Lunatic asylums Madras 1877-1891 - 1877-1891
Year: 1877
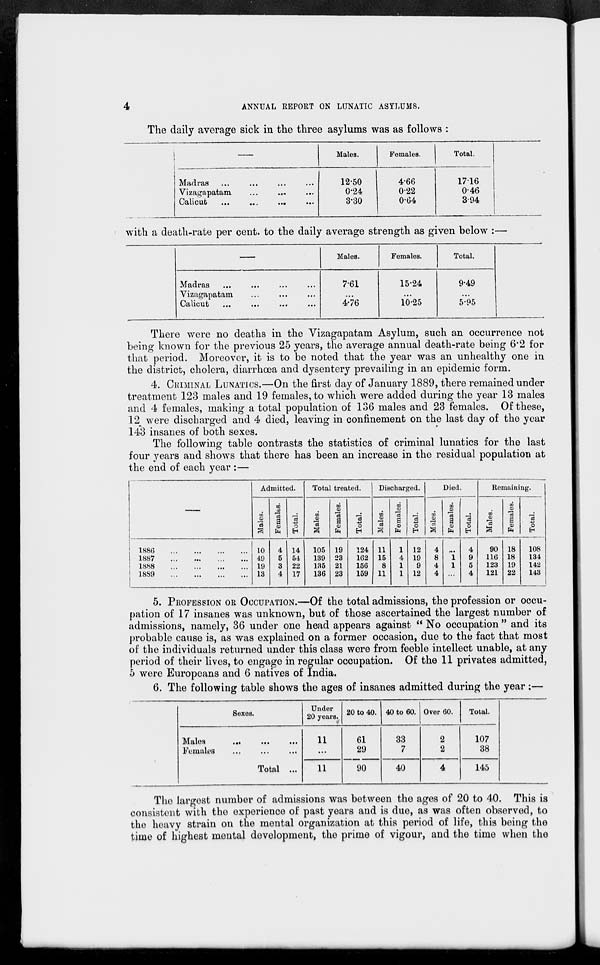
4
ANNUAL REPORT ON LUNATIC ASYLUMS.
The daily average sick in the three asylums was as follows :
––
Madras ... ... ... ...
Vizagapatam
... ... ...
Calicut ... ... ... ...
Males.
12.50
0.24
3.30
Females.
466
022
0.64
Total.
1716
0.46
3.94
with a death-rate per cent. to the daily average strength as given below :—
––
Madras
...
...
...
...
Vizagapatam ... ... ..
Calicut ... ... ... ...
Males.
7.61
...
4.76
Females.
15.24
...
10.25
Total.
9.49
...
5.95
There were no deaths in the Vizagapatam Asylum, such an occurrence not
being known for the previous 25 years, the average annual death-rate being 6.2 for
that period. Moreover, it is to be noted that the year was an unhealthy one in
the district, cholera, diarrhœa and dysentery prevailing in an epidemic form.
4. CRIMINAL LUNATICS.— On the first day of January 1889, there remained under
treatment 123 males and 19 females, to which were added during the year 13 males
and 4 females, making a total population of 136 males and 23 females. Of these,
12 were discharged and 4 died, leaving in confinement on the last day of the year
143 insanes of both sexes.
The following table contrasts the statistics of criminal lunatics for the last
four years and shows that there has been an increase in the residual population at
the end of each year :—
—
1886
...
...
...
...
1887
...
...
...
...
1888
...
...
...
...
1889
...
...
...
...
Admitted.
Males.
10
49
19
13
Females.
4
5
3
4
Total.
14
54
22
17
Total treated.
Males.
105
139
135
136
Females.
19
23
21
23
Total.
124
162
156
159
Discharged.
Males.
11
15
8
11
Females.
1
4
1
1
Total.
12
19
9
12
Died.
Males.
4
8
4
4
Females.
...
1
1
...
Total.
4
9
5
4
Remaining.
Males.
90
116
123
121
Females.
18
18
19
22
Total.
108
134
142
143
5. PROFESSION OR OCCUPATION.—Of the total admissions, the profession or occu-
pation of 17 insanes was unknown, but of those ascertained the largest number of
admissions, namely, 36 under one head appears against " No occupation " and its
probable cause is, as was explained on a former occasion, due to the fact that most
of the individuals returned under this class were from feeble intellect unable, at any-
period of their lives, to engage in regular occupation. Of the 11 privates admitted,
5 were Europeans and 6 natives of India.
6. The following table shows the ages of insanes admitted during the year:—
Sexes.
Males
...
...
...
Females
... ... ...
Total ...
Under
20 years.
11
...
11
20 to 40.
61
29
90
40 to 60.
33
7
40
Over 60.
2
2
4
Total.
107
38
145
The largest number of admissions was between the ages of 20 to 40. This is
consistent with the experience of past years and is due, as was often observed, to
the heavy strain on the mental organization at this period of life, this being the
time of highest mental development, the prime of vigour, and the time when the